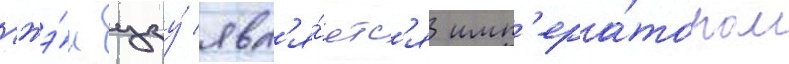
чжэ́н цзу́ явл'я́етс'я имп'ера́тором